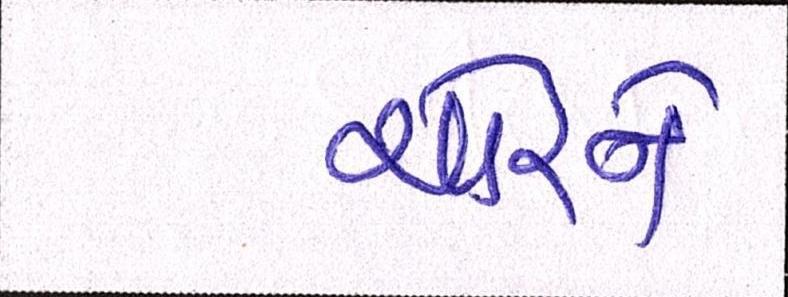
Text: ચોરને